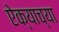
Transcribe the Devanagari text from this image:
ऐक्याच्या